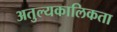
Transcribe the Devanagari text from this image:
अतुल्यकालिकता